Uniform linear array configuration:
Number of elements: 12
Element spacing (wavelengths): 0.5
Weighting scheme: blackman
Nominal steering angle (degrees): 15
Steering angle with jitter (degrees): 15.274
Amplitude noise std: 0.05
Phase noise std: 0.05

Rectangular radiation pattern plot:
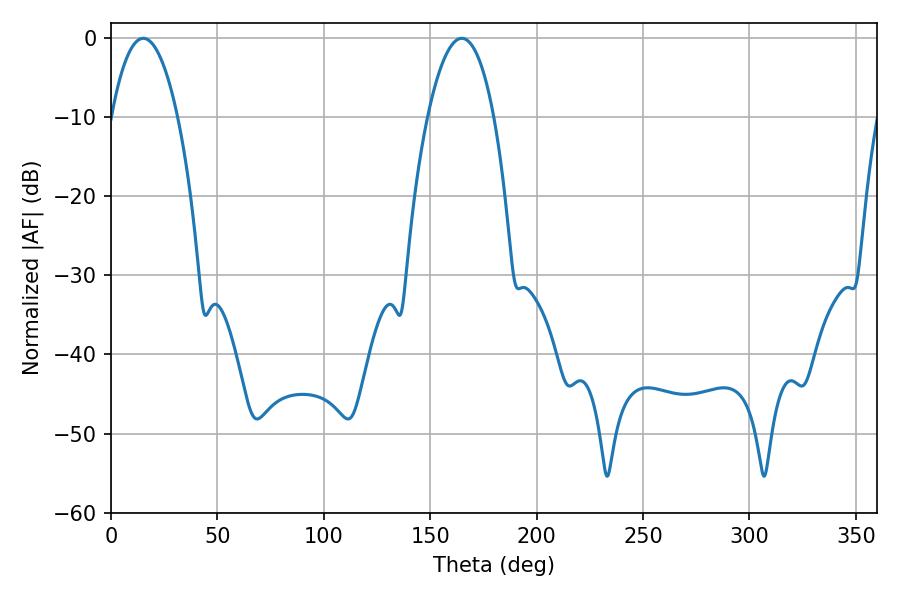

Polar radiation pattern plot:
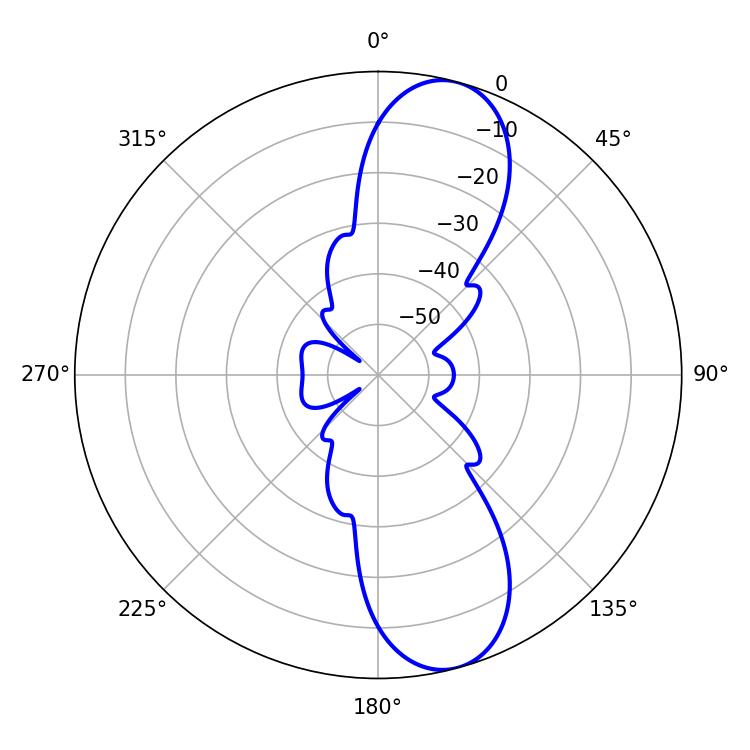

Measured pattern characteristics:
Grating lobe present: FALSE
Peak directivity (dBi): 10.695
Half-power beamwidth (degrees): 17.28
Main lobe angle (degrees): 15.12